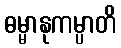
ဓမ္မာနုကမ္ပာတိ